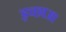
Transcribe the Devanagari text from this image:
इच्छाआ